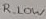
Text: R_LOW